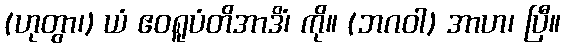
(ဟုတွာ၊) ယံ ဧဝရူပံတိအာဒိံ၊ ကို။ (ဘဂဝါ) အာဟ၊ ပြီ။